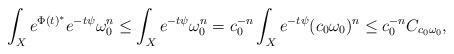
LaTeX: \begin{align*}\int_Xe^{\Phi(t)^*}e^{-t\psi}\omega_0^n&\le\int_Xe^{-t\psi}\omega_0^n =c_0^{-n}\int_Xe^{-t\psi}(c_0\omega_0)^n \le c_0^{-n}C_{c_0\omega_0},\end{align*}